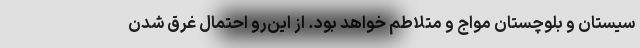
سیستان و بلوچستان مواج و متلاطم خواهد بود. از این‌رو احتمال غرق شدن